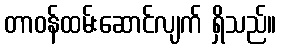
တာဝန်ထမ်းဆောင်လျက် ရှိသည်။